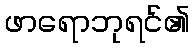
ဖာရောဘုရင်၏